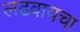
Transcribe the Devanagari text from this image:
लढवायचा